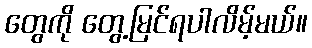
တွေကို တွေ့မြင်ရပါလိမ့်မယ်။